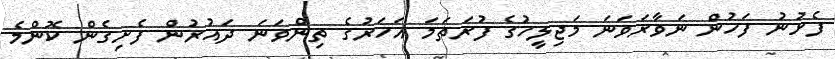
ފެށުނު ފަހުން ނަވާރަވަނަ މަޖިލީހުގެ ފުރަތަމަ އަހަރުގެ ތިންވަނަ ދައުރުން ފެށިގެން ކޮންމެ